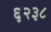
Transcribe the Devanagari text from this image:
६२३८